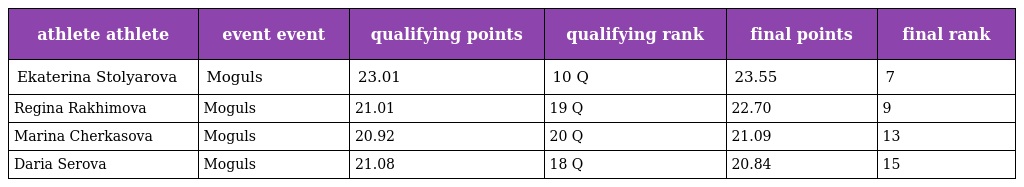
| athlete athlete | event event | qualifying points | qualifying rank | final points | final rank |
 | --- | --- | --- | --- | --- | --- |
 | Ekaterina Stolyarova | Moguls | 23.01 | 10 Q | 23.55 | 7 |
 | Regina Rakhimova | Moguls | 21.01 | 19 Q | 22.70 | 9 |
 | Marina Cherkasova | Moguls | 20.92 | 20 Q | 21.09 | 13 |
 | Daria Serova | Moguls | 21.08 | 18 Q | 20.84 | 15 |